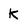
Character: K